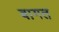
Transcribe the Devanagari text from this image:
बागत